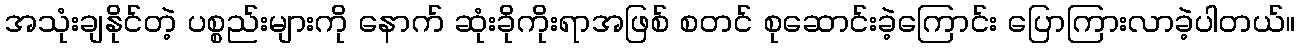
အသုံးချနိုင်တဲ့ ပစ္စည်းများကို နောက် ဆုံးခိုကိုးရာအဖြစ် စတင် စုဆောင်းခဲ့ကြောင်း ပြောကြားလာခဲ့ပါတယ်။